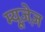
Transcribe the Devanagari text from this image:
म्यूज़ेज़